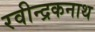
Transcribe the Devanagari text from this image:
रवीन्द्रकनाथ